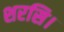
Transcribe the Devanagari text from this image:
शरसि।